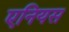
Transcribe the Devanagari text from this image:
एनियस